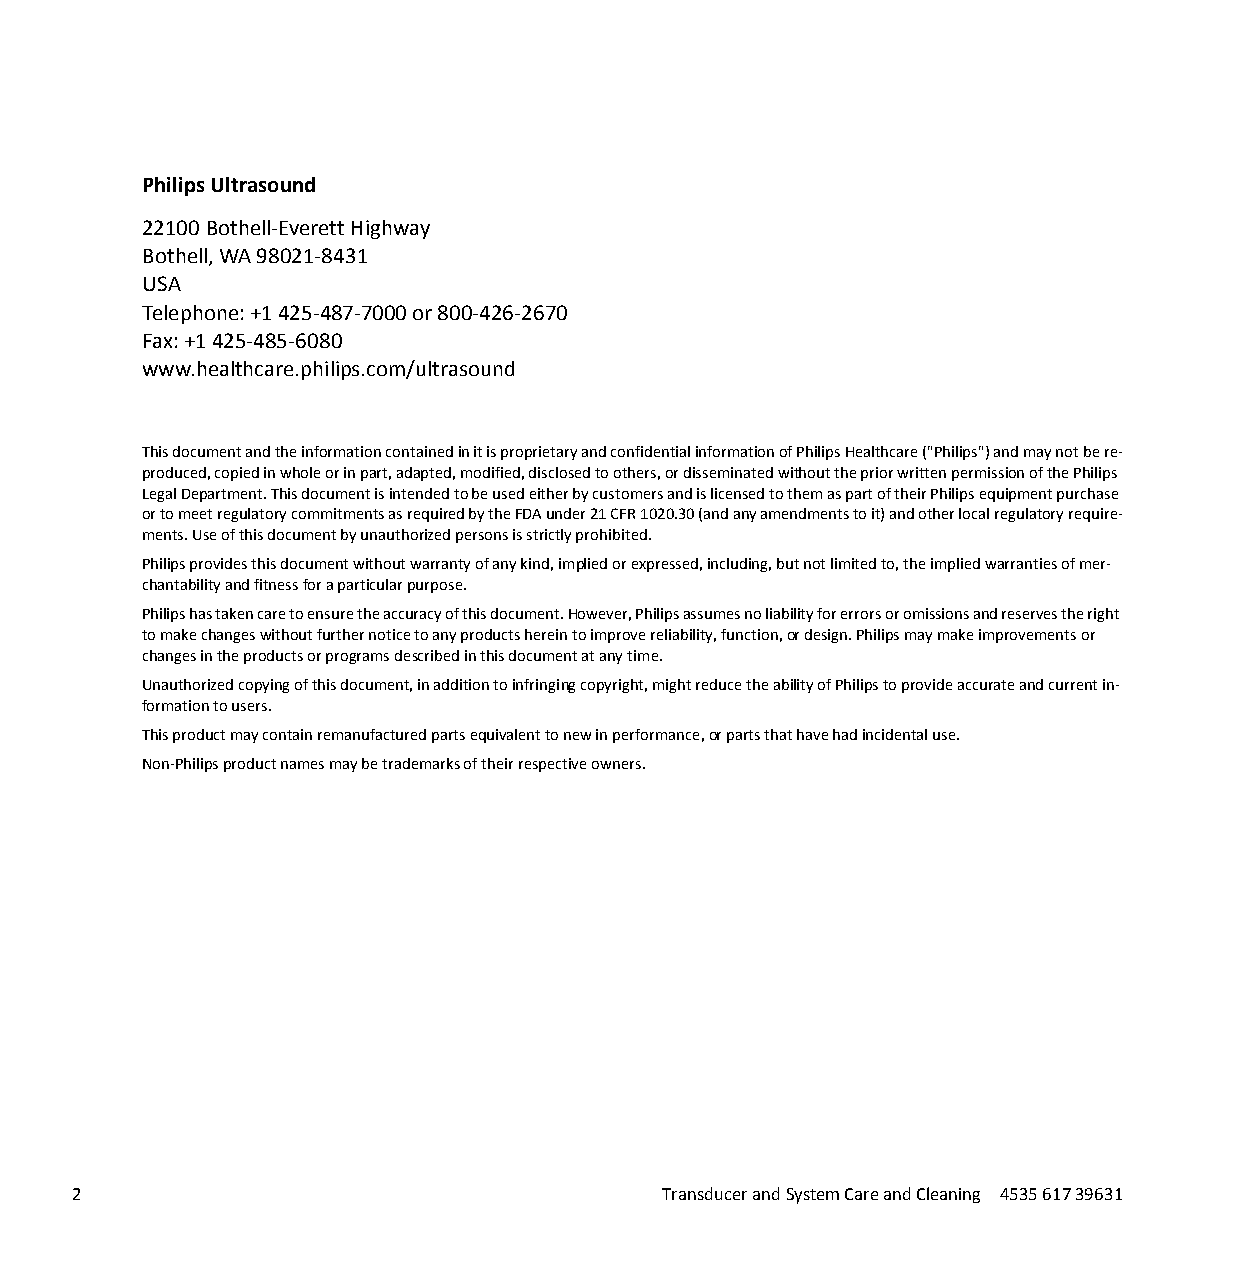
Philips Ultrasound
 22100 Bothell-Everett Highway
 Bothell, WA 98021-8431
 USA
 Telephone: +1 425-487-7000 or 800-426-2670
 Fax: +1 425-485-6080
 www.healthcare.philips.com/ultrasound
 This document and the information contained in it is proprietary and confidential information of Philips Healthcare ("Philips") and may not be re-
 produced, copied in whole or in part, adapted, modified, disclosed to others, or disseminated without the prior written permission of the Philips
 Legal Department. This document is intended to be used either by customers and is licensed to them as part of their Philips equipment purchase
 or to meet regulatory commitments as required by the FDA under 21 CFR 1020.30 (and any amendments to it) and other local regulatory require-
 ments. Use of this document by unauthorized persons is strictly prohibited.
 Philips provides this document without warranty of any kind, implied or expressed, including, but not limited to, the implied warranties of mer-
 chantability and fitness for a particular purpose.
 Philips has taken care to ensure the accuracy of this document. However, Philips assumes no liability for errors or omissions and reserves the right
 to make changes without further notice to any products herein to improve reliability, function, or design. Philips may make improvements or
 changes in the products or programs described in this document at any time.
 Unauthorized copying of this document, in addition to infringing copyright, might reduce the ability of Philips to provide accurate and current in-
 formation to users.
 This product may contain remanufactured parts equivalent to new in performance, or parts that have had incidental use.
 Non-Philips product names may be trademarks of their respective owners.
 2                                      Transducer and System Care and Cleaning 4535 617 39631
 erachtlaeH
 spilihP